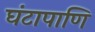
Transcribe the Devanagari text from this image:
घंटापाणि